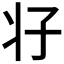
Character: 𰠗